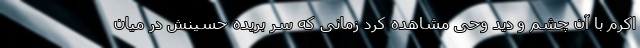
اکرم با آن چشم و دید وحی مشاهده کرد زمانی که سر بریده حسینش در میان